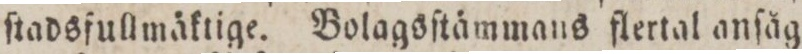
ſtadsfullmäktige. Bolagsſtämmans flertal anſåg